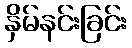
နှိမ်နင်းခြင်း